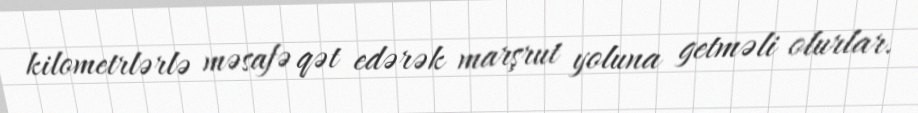
kilometrlərlə məsafə qət edərək marşrut yoluna getməli olurlar.